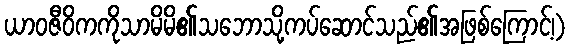
ယာဝဇီဝိကကိုသာမိမိ၏သဘောသို့ကပ်ဆောင်သည်၏အဖြစ်ကြောင့်၊)